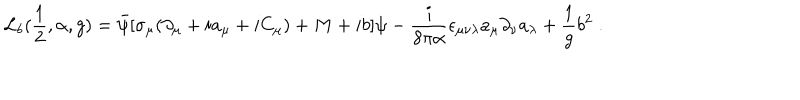
{ \cal L } _ { b } ( \frac { 1 } { 2 } , \alpha , g ) = \bar { \psi } [ \sigma _ { \mu } ( \partial _ { \mu } + i a _ { \mu } + i C _ { \mu } ) + M + i b ] \psi - \frac { i } { 8 \pi \alpha } \epsilon _ { \mu \nu \lambda } a _ { \mu } \partial _ { \nu } a _ { \lambda } + \frac { 1 } { g } b ^ { 2 } \; .